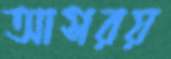
আসরয়